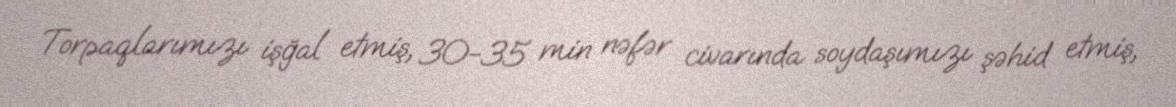
Torpaqlarımızı işğal etmiş, 30-35 min nəfər civarında soydaşımızı şəhid etmiş,